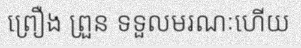
ព្រឿង ព្រួន ទទួលមរណៈហើយ